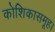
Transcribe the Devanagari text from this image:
कोशिकासमूह।